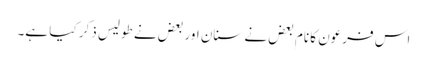
اس فرعون کا نام بعض نے سنان اور بعض نے طولیس ذکر کیا ہے۔